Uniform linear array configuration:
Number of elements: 64
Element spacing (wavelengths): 0.25
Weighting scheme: binomial
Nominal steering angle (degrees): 45
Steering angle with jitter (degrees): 46.119
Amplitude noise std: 0.05
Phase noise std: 0.05

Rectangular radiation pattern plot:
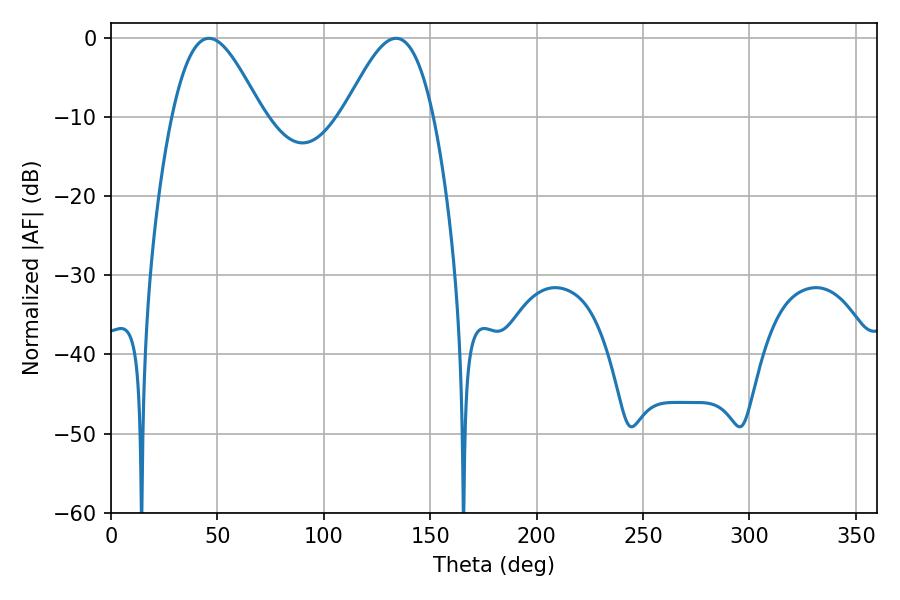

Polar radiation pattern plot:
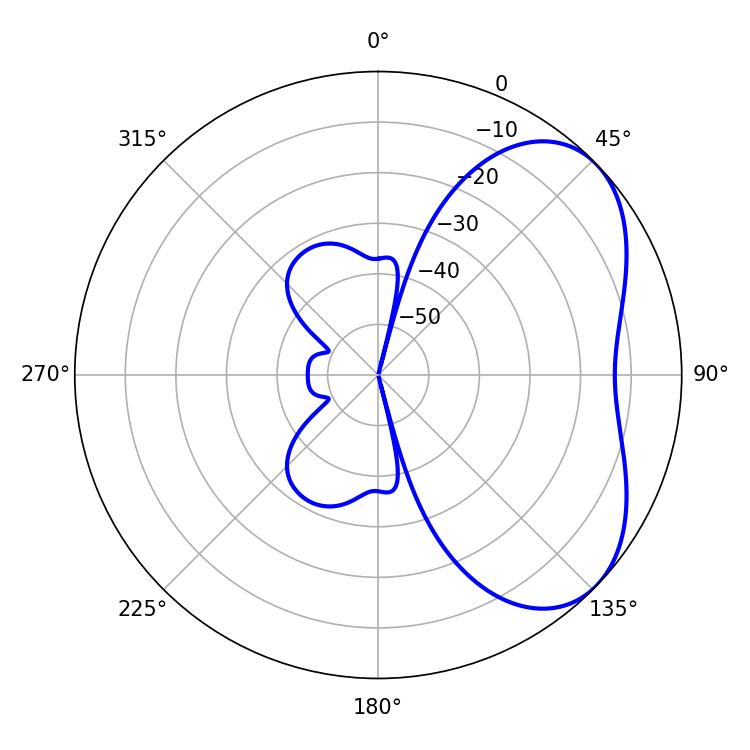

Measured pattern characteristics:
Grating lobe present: FALSE
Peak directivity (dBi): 4.785
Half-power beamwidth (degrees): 22.5
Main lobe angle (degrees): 46.08